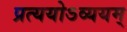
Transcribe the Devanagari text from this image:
प्रत्ययोऽव्ययम्